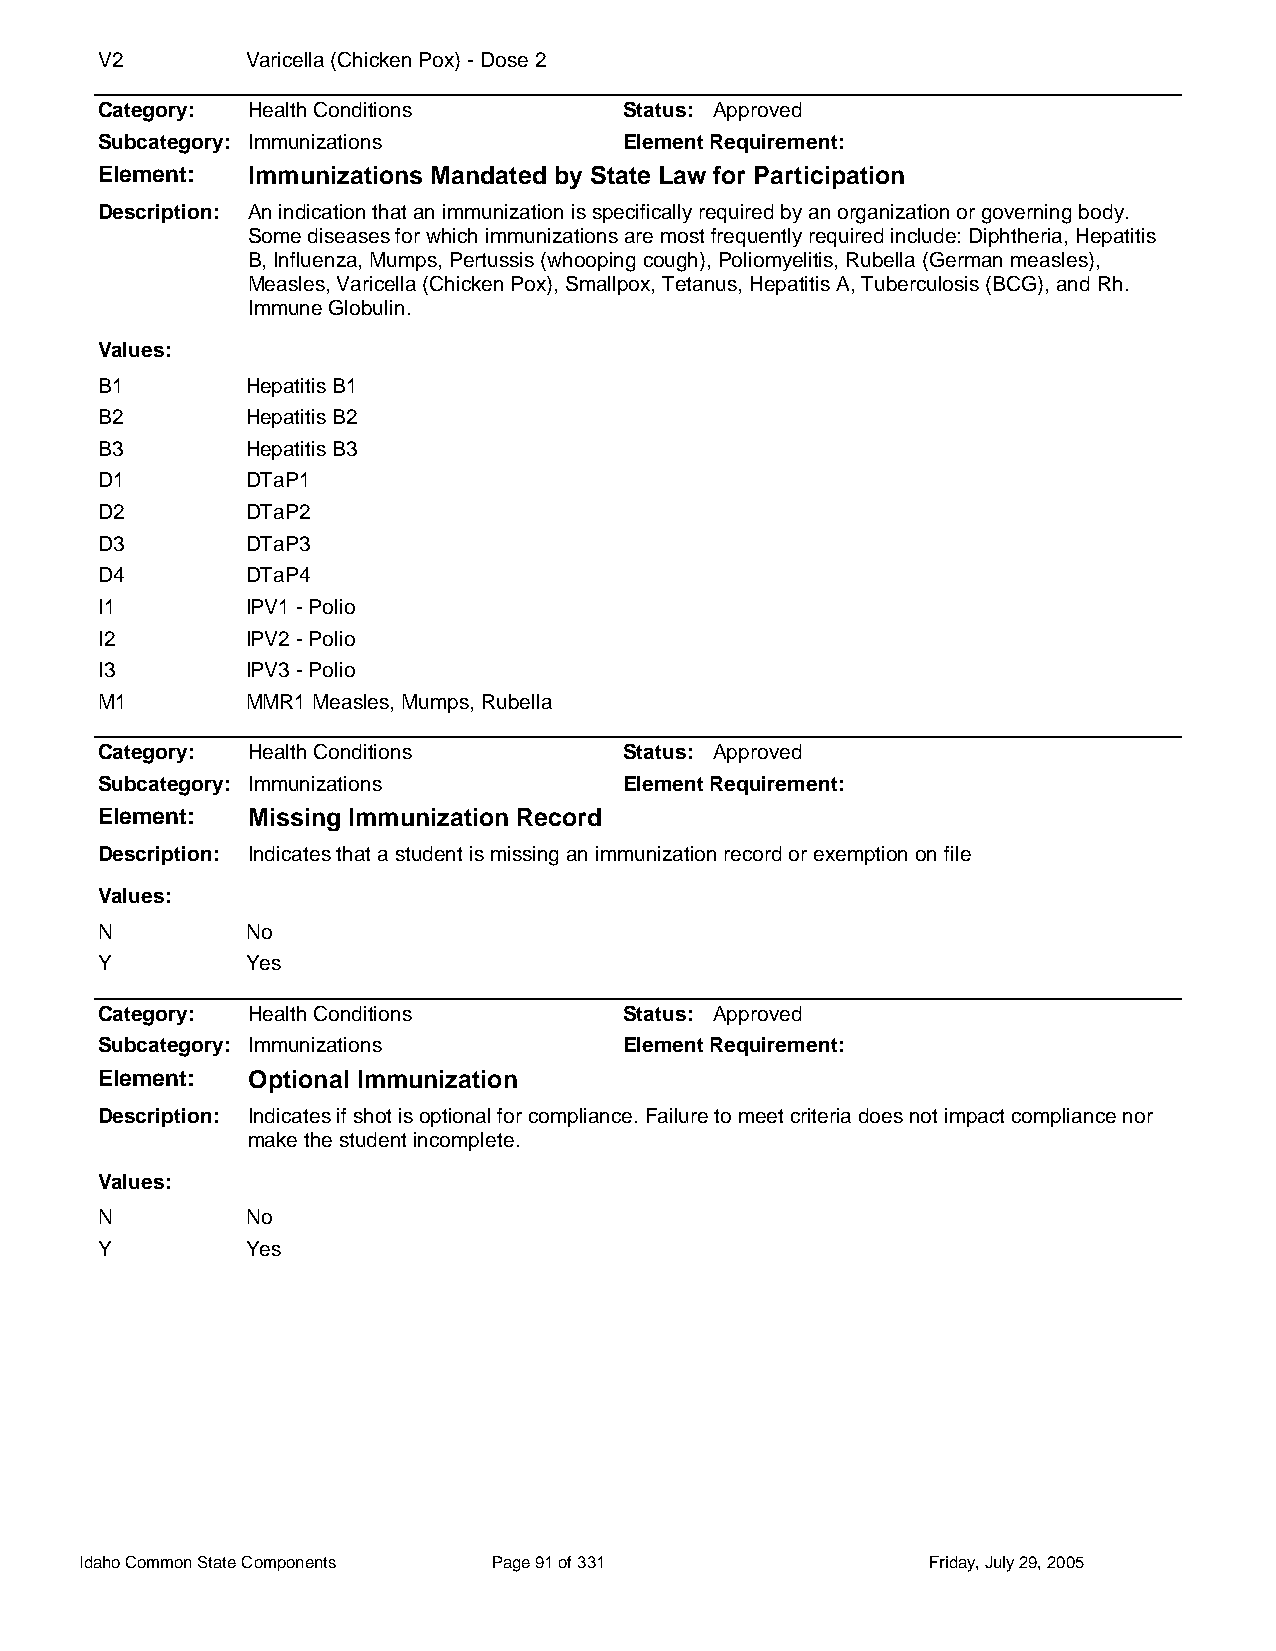
V2        Varicella (Chicken Pox) - Dose 2
 Category: Health Conditions        Status: Approved
 Subcategory: Immunizations         Element Requirement:
 Element:  Immunizations Mandated by State Law for Participation
 Description: An indication that an immunization is specifically required by an organization or governing body.
 Some diseases for which immunizations are most frequently required include: Diphtheria, Hepatitis
 B, Influenza, Mumps, Pertussis (whooping cough), Poliomyelitis, Rubella (German measles),
 Measles, Varicella (Chicken Pox), Smallpox, Tetanus, Hepatitis A, Tuberculosis (BCG), and Rh.
 Immune Globulin.
 Values:
 B1        Hepatitis B1
 B2        Hepatitis B2
 B3        Hepatitis B3
 D1        DTaP1
 D2        DTaP2
 D3        DTaP3
 D4        DTaP4
 I1        IPV1 - Polio
 I2        IPV2 - Polio
 I3        IPV3 - Polio
 M1        MMR1 Measles, Mumps, Rubella
 Category: Health Conditions        Status: Approved
 Subcategory: Immunizations         Element Requirement:
 Element:  Missing Immunization Record
 Description: Indicates that a student is missing an immunization record or exemption on file
 Values:
 N         No
 Y         Yes
 Category: Health Conditions        Status: Approved
 Subcategory: Immunizations         Element Requirement:
 Element:  Optional Immunization
 Description: Indicates if shot is optional for compliance. Failure to meet criteria does not impact compliance nor
 make the student incomplete.
 Values:
 N         No
 Y         Yes
 Idaho Common State Components Page 91 of 331            Friday, July 29, 2005